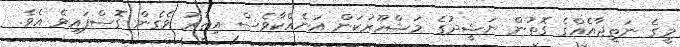
މީގެ ނަތީޖާއެއްގެ ގޮތުން ނަޝީދުގެ މަޝްހޫރުކަން އަނެއްކާވެސް އިތުރު ވެގެން ގޮސްފައިވެ އެވެ.